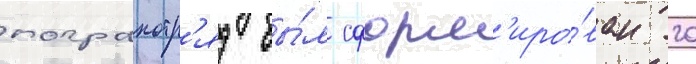
погранотр'яд бы́л сформ'иро́ван 20